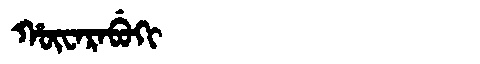
Manchu: ᡥᡡᠸᠠᡵᠠᠪᡠᡴᡳ
Romanization: HŪWARABUKI